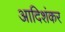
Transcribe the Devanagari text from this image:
आदिशंकर